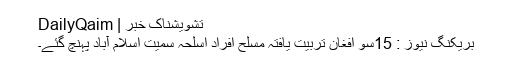
تشویشناک خبر | DailyQaim
بریکنگ نیوز : 15سو افغان تربیت یافتہ مسلح افراد اسلحہ سمیت اسلام آباد پہنچ گئے۔